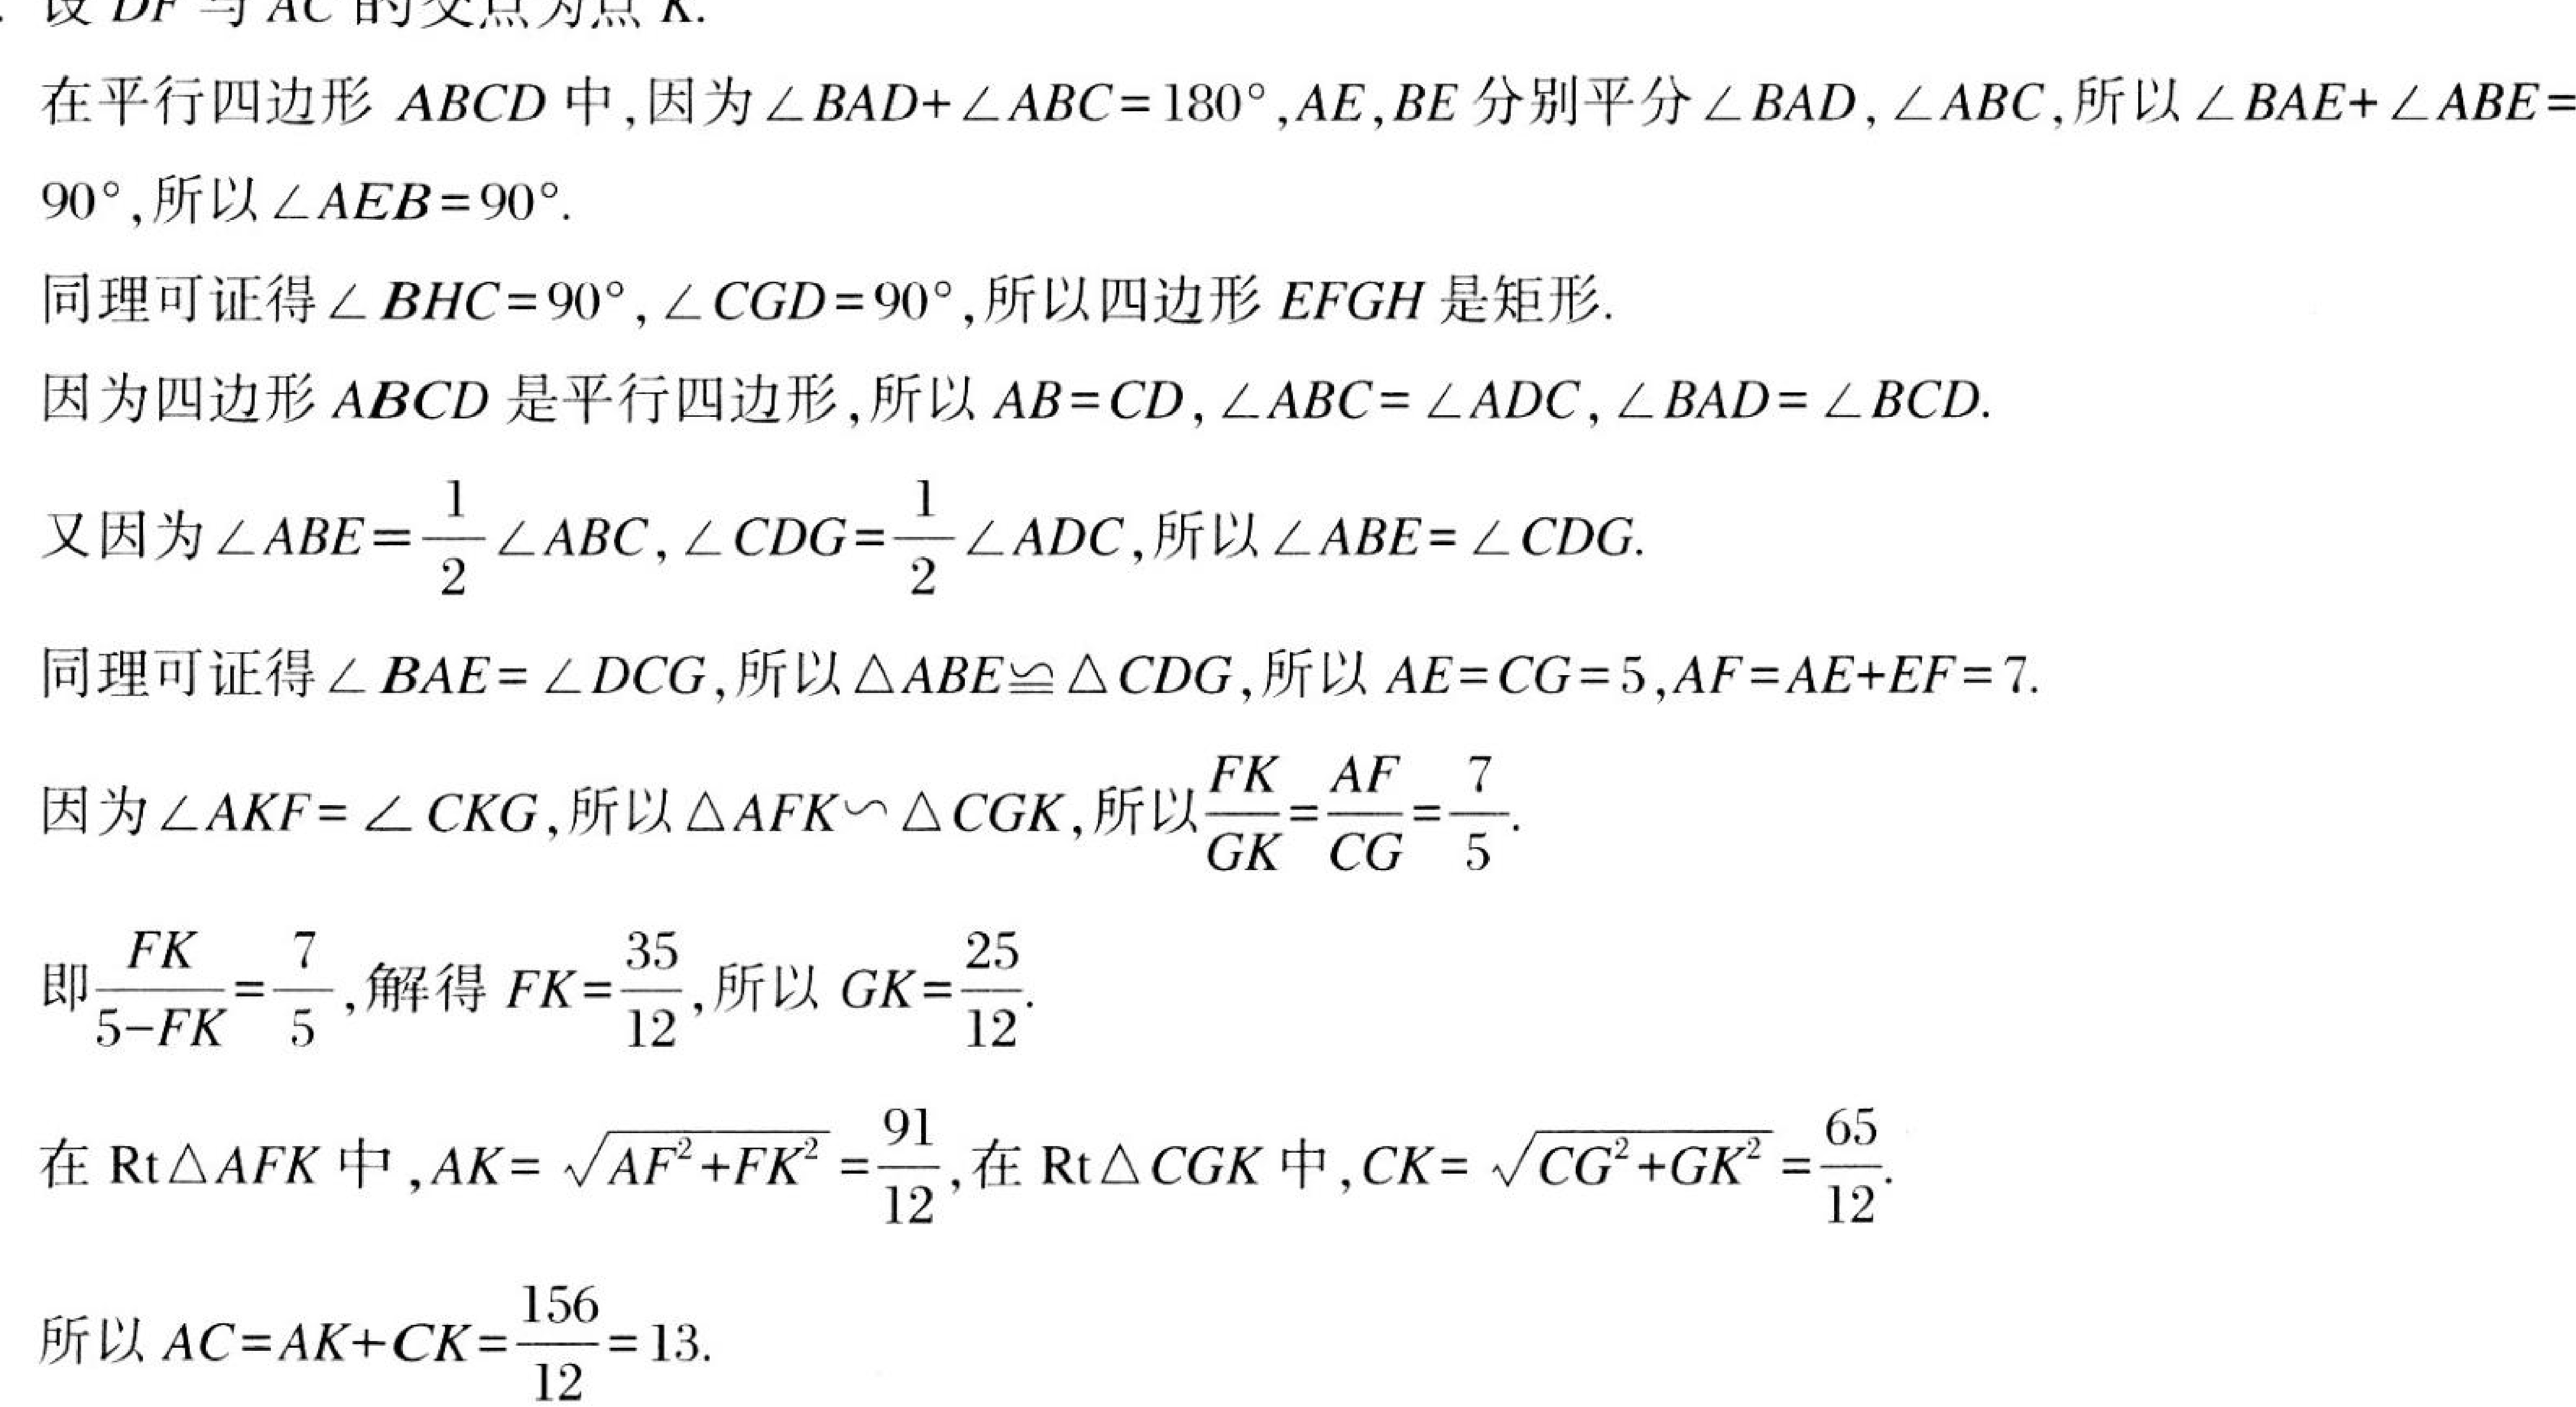
设 \(DF\) 与 \(AC\) 的交点为点 \(K\).
在平行四边形 \(ABCD\) 中, 因为 \(\angle BAD + \angle ABC = 180^{\circ},AE,BE\) 分别平分 \(\angle BAD,\angle ABC\), 所以 \(\angle BAE+\angle ABE = 90^{\circ}\), 所以 \(\angle AEB = 90^{\circ}\).
同理可证得 \(\angle BHC = 90^{\circ},\angle CGD = 90^{\circ}\), 所以四边形 \(EFGH\) 是矩形.
因为四边形 \(ABCD\) 是平行四边形, 所以 \(AB = CD,\angle ABC=\angle ADC,\angle BAD=\angle BCD\).
又因为 \(\angle ABE=\dfrac{1}{2}\angle ABC,\angle CDG=\dfrac{1}{2}\angle ADC\), 所以 \(\angle ABE = \angle CDG\).
同理可证得 \(\angle BAE=\angle DCG\), 所以 \(\triangle ABE\cong\triangle CDG\), 所以 \(AE = CG = 5,AF = AE + EF = 7\).
因为 \(\angle AKF=\angle CKG\), 所以 \(\triangle AFK\backsim\triangle CGK\), 所以 \(\dfrac{FK}{GK}=\dfrac{AF}{CG}=\dfrac{7}{5}\).
即 \(\dfrac{FK}{5 - FK}=\dfrac{7}{5}\), 解得 \(FK=\dfrac{35}{12}\), 所以 \(GK=\dfrac{25}{12}\).
在 \(\text{Rt}\triangle AFK\) 中, \(AK=\sqrt{AF^{2}+FK^{2}}=\dfrac{91}{12}\), 在 \(\text{Rt}\triangle CGK\) 中, \(CK=\sqrt{CG^{2}+GK^{2}}=\dfrac{65}{12}\).
所以 \(AC = AK + CK=\dfrac{156}{12}=13\).